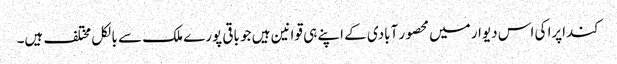
کنداپرا کی اس دیوار میں محصور آبادی کے اپنے ہی قوانین ہیں جو باقی پورے ملک سے بالکل مختلف ہیں۔